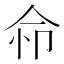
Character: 𢘈